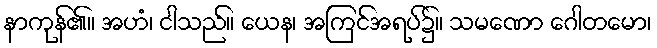
နာကုန်၏။ အဟံ၊ ငါသည်။ ယေန၊ အကြင်အရပ်၌။ သမဏော ဂေါတမော၊